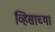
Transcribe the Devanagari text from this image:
व्हिसाच्या